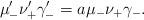
LaTeX: \begin{align*}\mu'_- \nu'_+ \gamma'_- = a \mu_- \nu_+ \gamma_-.\end{align*}